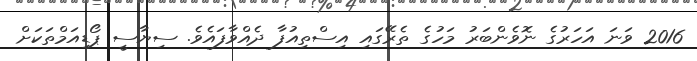
2016 ވަނަ އަހަރުގެ ނޮވެންބަރު މަހުގެ ތެރޭގައި އިސްތިއުފާ ދެއްވާފައެވެ. ސިޔާސީ ޕޯޑިއަމްތަކަށް